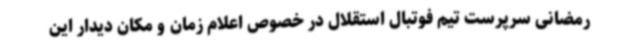
رمضانی سرپرست تیم فوتبال استقلال در خصوص اعلام زمان و مکان دیدار این